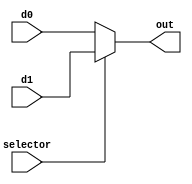
module mux2_1 (
    input wire selector,
    input wire d0,
    input wire d1,
    output reg out
);
    
    always @(d0 or d1 or selector) begin
        if(selector)
            out = d1;
        else
            out = d0;
    end
    
endmodule